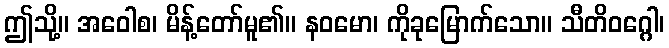
ဤသို့။ အဝေါစ၊ မိန့်တော်မူ၏။ နဝမော၊ ကိုခုမြောက်သော။ သီတိဝဂ္ဂေါ၊